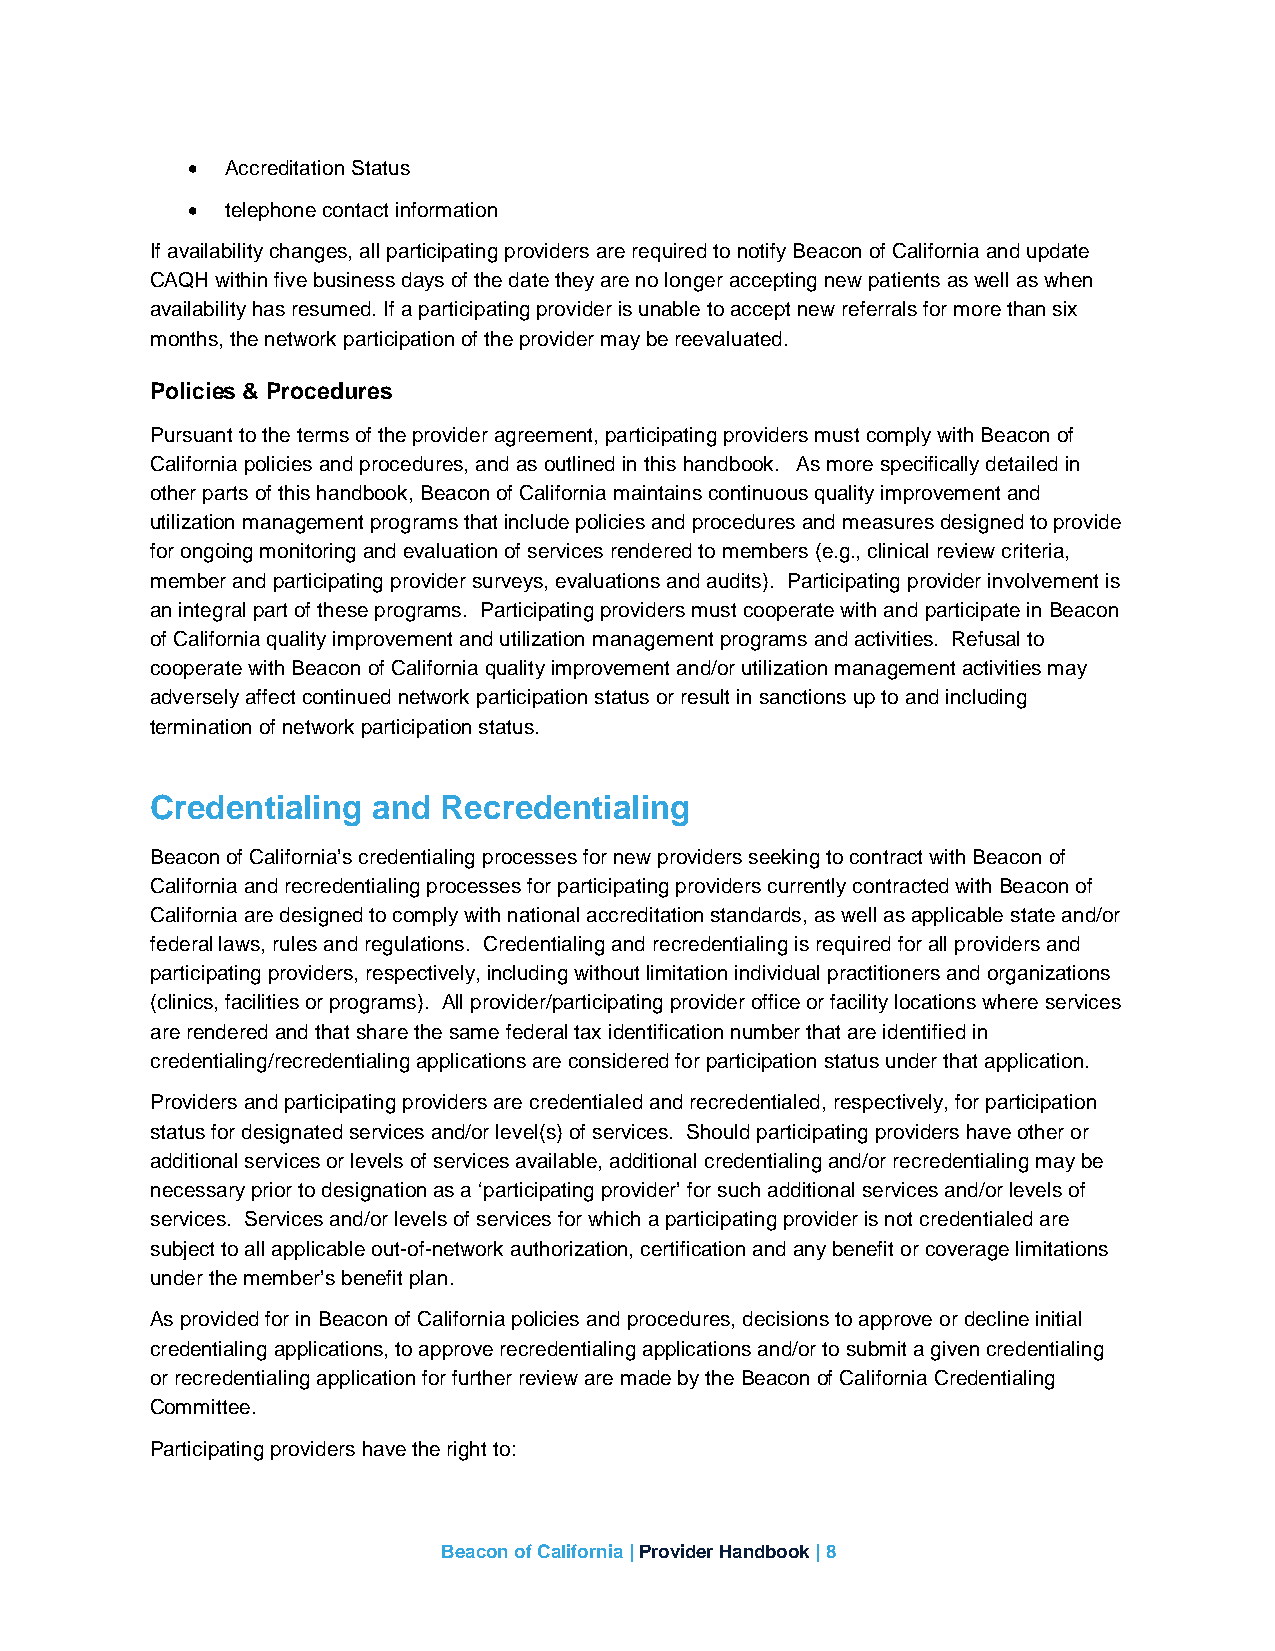
•  Accreditation Status
 •  telephone contact information
 If availability changes, all participating providers are required to notify Beacon of California and update
 CAQH within five business days of the date they are no longer accepting new patients as well as when
 availability has resumed. If a participating provider is unable to accept new referrals for more than six
 months, the network participation of the provider may be reevaluated.
 Policies & Procedures
 Pursuant to the terms of the provider agreement, participating providers must comply with Beacon of
 California policies and procedures, and as outlined in this handbook. As more specifically detailed in
 other parts of this handbook, Beacon of California maintains continuous quality improvement and
 utilization management programs that include policies and procedures and measures designed to provide
 for ongoing monitoring and evaluation of services rendered to members (e.g., clinical review criteria,
 member and participating provider surveys, evaluations and audits). Participating provider involvement is
 an integral part of these programs. Participating providers must cooperate with and participate in Beacon
 of California quality improvement and utilization management programs and activities. Refusal to
 cooperate with Beacon of California quality improvement and/or utilization management activities may
 adversely affect continued network participation status or result in sanctions up to and including
 termination of network participation status.
 Credentialing  and Recredentialing
 Beacon of California’s credentialing processes for new providers seeking to contract with Beacon of
 California and recredentialing processes for participating providers currently contracted with Beacon of
 California are designed to comply with national accreditation standards, as well as applicable state and/or
 federal laws, rules and regulations. Credentialing and recredentialing is required for all providers and
 participating providers, respectively, including without limitation individual practitioners and organizations
 (clinics, facilities or programs). All provider/participating provider office or facility locations where services
 are rendered and that share the same federal tax identification number that are identified in
 credentialing/recredentialing applications are considered for participation status under that application.
 Providers and participating providers are credentialed and recredentialed, respectively, for participation
 status for designated services and/or level(s) of services. Should participating providers have other or
 additional services or levels of services available, additional credentialing and/or recredentialing may be
 necessary prior to designation as a ‘participating provider’ for such additional services and/or levels of
 services. Services and/or levels of services for which a participating provider is not credentialed are
 subject to all applicable out-of-network authorization, certification and any benefit or coverage limitations
 under the member’s benefit plan.
 As provided for in Beacon of California policies and procedures, decisions to approve or decline initial
 credentialing applications, to approve recredentialing applications and/or to submit a given credentialing
 or recredentialing application for further review are made by the Beacon of California Credentialing
 Committee.
 Participating providers have the right to:
 Beacon of California | Provider Handbook | 8